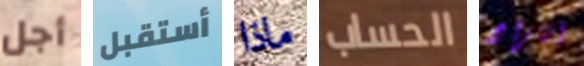
أجل أستقبل ماذا الحساب انتزاع